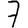
Digit: 7